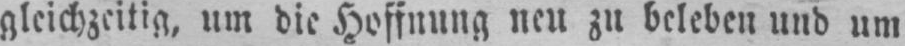
gleichzeitig, um die Hoffnung neu zu beleben und um